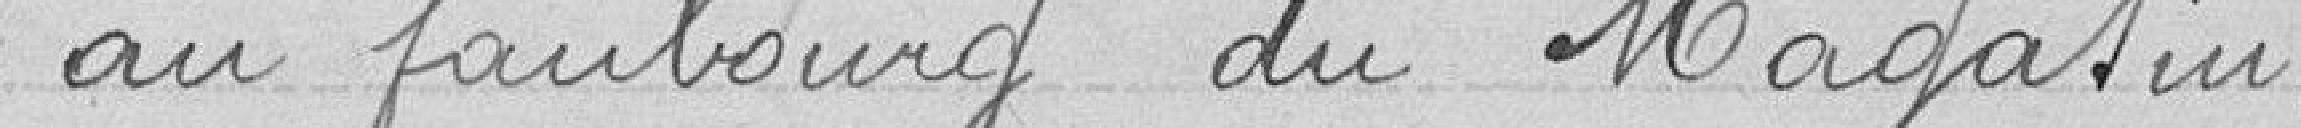
au faubourg du Magasin.